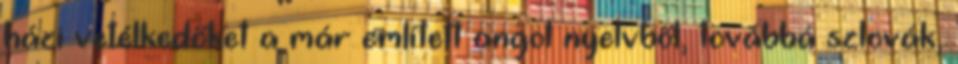
házi vetélkedőket a már említett angol nyelvből, továbbá szlovák,